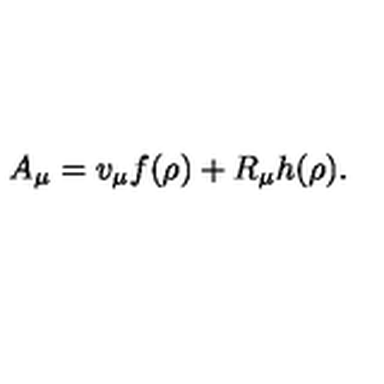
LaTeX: A _ { \mu } = v _ { \mu } f ( \rho ) + R _ { \mu } h ( \rho ) .